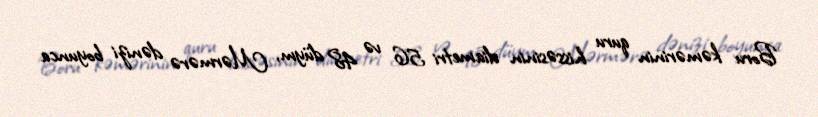
Boru kəmərinin quru hissəsinin diametri 56 və 48 düym, Mərmərə dənizi boyunca